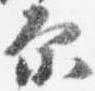
示